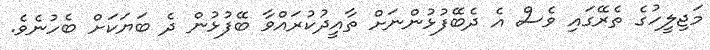
މަޖިލީހުގެ ތެރޭގައި ވެސް އެ ދެބޭފުޅުންނަށް ތާއީދުކުރައްވާ ބޭފުޅުން ދެ ބަޔަކަށް ބެހުނެވެ.